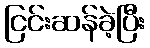
ငြင်းဆန်ခဲ့ပြီး